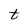
Character: t